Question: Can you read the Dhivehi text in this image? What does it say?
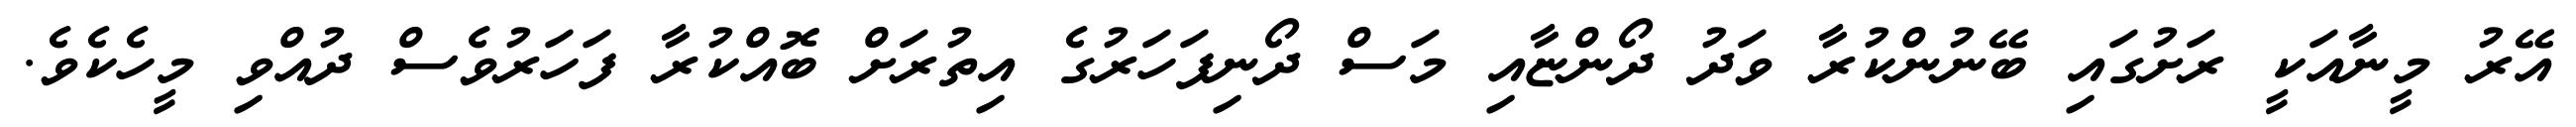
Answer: އޭރު މީނާއަކީ ރަށުގައި ބޭނުންކުރާ ވަދު ދޯންޏާއި މަސް ދޯނިފަހަރުގެ އިތުރަށް ބޮއްކުރާ ފަހަރުވެސް ދުއްވި މީހެކެވެ.